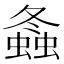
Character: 螽